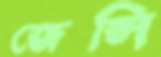
জেন্সি